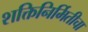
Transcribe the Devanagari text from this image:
शक्तिनिर्मितीचा